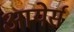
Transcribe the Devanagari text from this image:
आयेर्स